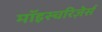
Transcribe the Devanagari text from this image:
मॉइस्चरिज़ेर्स